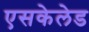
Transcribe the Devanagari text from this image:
एसकेलेड